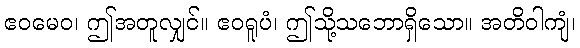
ဧဝမေဝ၊ ဤအတူလျှင်။ ဧဝရူပံ၊ ဤသို့သဘောရှိသော။ အတိဝါကျံ၊